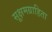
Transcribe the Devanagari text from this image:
सूक्षमग्राहिता